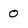
Character: 0